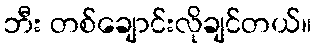
ဘီး တစ်ချောင်းလိုချင်တယ်။